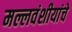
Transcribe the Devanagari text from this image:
मल्लवंशीयांचे